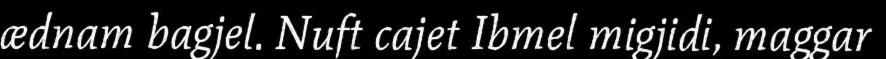
ædnam bagjel. Nuft cajet Ibmel migjidi, maggar